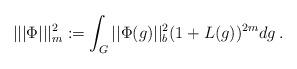
LaTeX: \begin{align*}||| \Phi |||^2_m := \int_G ||\Phi (g)||^2_{b} (1+L(g))^{2m} dg \,.\end{align*}